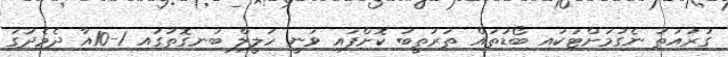
ގުރުއަތު ނެގުމަށްޓަކައި ބޯޑުތައް ތަރުތީބު ކޮށްފައި ވަނީ ހަލީލް ބުނިގޮތުގައި 1-10އާ ދެމެދުގަ